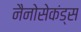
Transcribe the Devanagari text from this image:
नैनोसेकंड्स